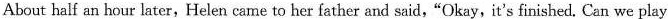
About half an hour later,Helen came to her father and said,“Okay,it's finished. Can we play